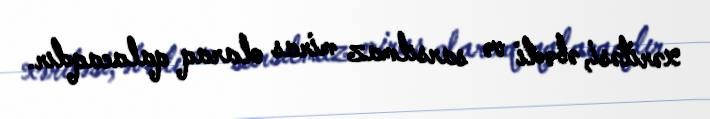
xəritəsi, əbədi və sarsılmaz miras olaraq qalacaqdır.